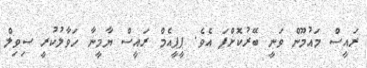
ރައީސް މައުމޫން ވަނީ ބޭރުކޮށްފަ އެވެ. ޕީޕީއެމް ރައީސް ޔާމީނާ ހަވާލުކުރީ ސިވިލް